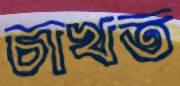
চাখত